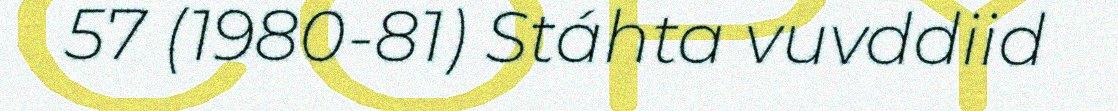
57 (1980-81) Stáhta vuvddiid